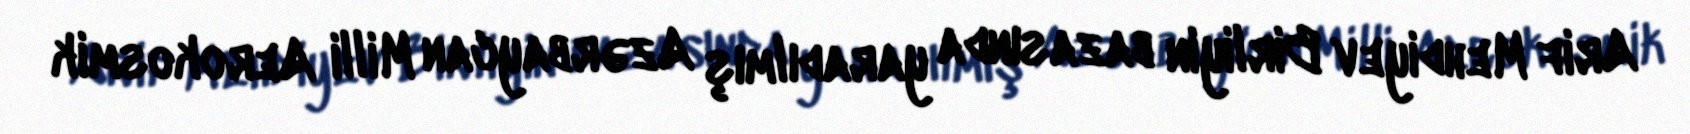
Arif Mehdiyev Birliyin bazasında yaradılmış Azərbaycan Milli Aerokosmik